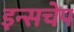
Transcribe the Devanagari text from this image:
इन्सचेप